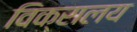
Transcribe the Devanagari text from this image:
विक्रालय